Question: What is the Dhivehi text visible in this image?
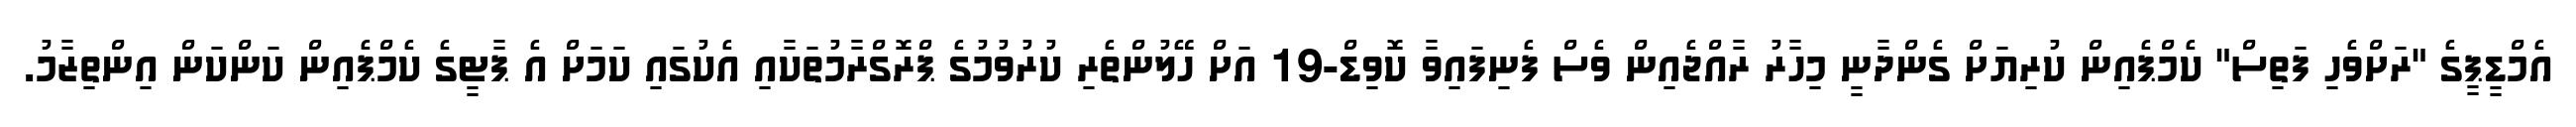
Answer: އެމްޑީޕީގެ "ރަށްވެހި ފަތިސް" ކެމްޕެއިން ކުރިޔަށް ގެންދާނީ މިހާރު ރާއްޖެއިން ވެސް ފެނިފައިވާ ކޮވިޑް-19 އަށް ހޭލުންތެރި ކުރުވުމުގެ ޕްރޮގްރާމުތަކާއި އެކުގައި ކަމަށް އެ ޕާޓީގެ ކެމްޕެއިން ކަންކަން އިންތިޒާމު.